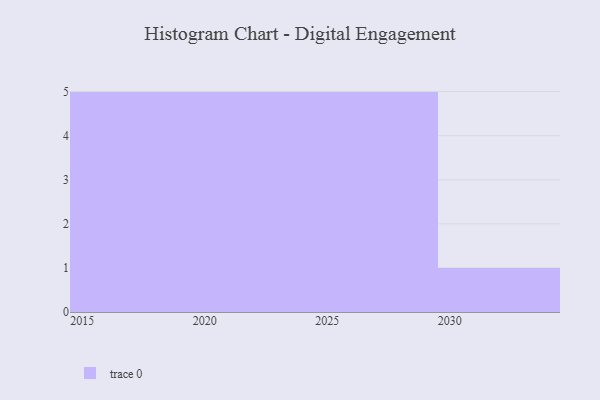
{"axis": {"x": "Year", "y": "Revenue (USD Million)"}, "legend": [""], "data": [{"x": "2028", "y": 29, "type": ""}, {"x": "2030", "y": 18, "type": ""}, {"x": "2025", "y": 32, "type": ""}, {"x": "2027", "y": 5, "type": ""}, {"x": "2026", "y": 73, "type": ""}, {"x": "2019", "y": 32, "type": ""}, {"x": "2016", "y": 69, "type": ""}, {"x": "2023", "y": 12, "type": ""}, {"x": "2029", "y": 78, "type": ""}, {"x": "2020", "y": 82, "type": ""}, {"x": "2017", "y": 97, "type": ""}, {"x": "2018", "y": 50, "type": ""}, {"x": "2021", "y": 79, "type": ""}, {"x": "2024", "y": 78, "type": ""}, {"x": "2015", "y": 34, "type": ""}, {"x": "2022", "y": 64, "type": ""}]}